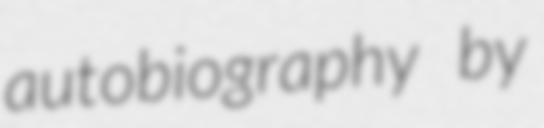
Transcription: autobiography by